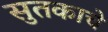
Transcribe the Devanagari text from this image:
सुतकाचे